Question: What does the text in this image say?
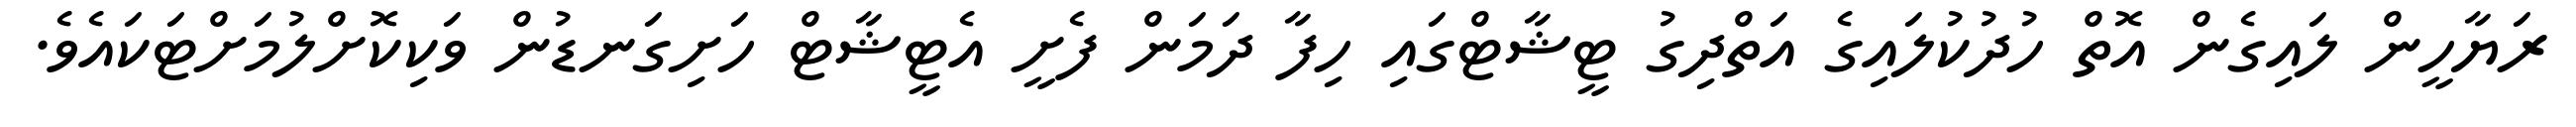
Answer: ރަޔާހީން ލައިގެން އޮތް ހުދުކުލައިގެ އަތްދިގު ޓީޝާޓްގައި ހިފާ ދަމަން ފެށީ އެޓީޝާޓް ހަށިގަނޑުން ވަކިކޮށްލުމަށްޓަކައެވެ.